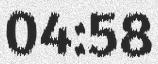
04:58